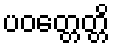
ပဝတ္တေတ္တိ